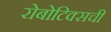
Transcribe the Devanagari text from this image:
रोबोटिक्सची